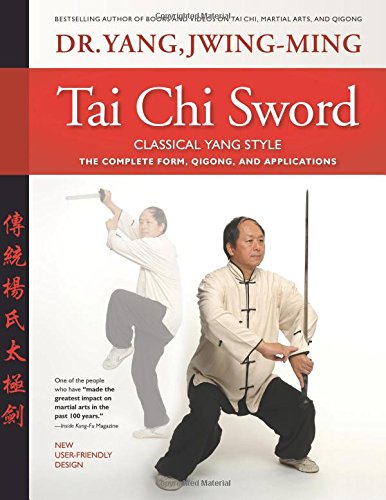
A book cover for Tai Chi Sword Classical Yang Style: The Complete Form, Qigong, And Applications, Revised; Jwing-Ming Yang; Health, Fitness & Dieting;